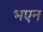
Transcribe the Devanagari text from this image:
भएन